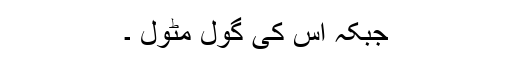
جبکہ اس کی گول مٹول ۔